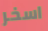
اسخر